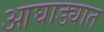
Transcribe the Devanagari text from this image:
आघाड्यात